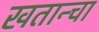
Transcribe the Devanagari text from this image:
खतान्चा